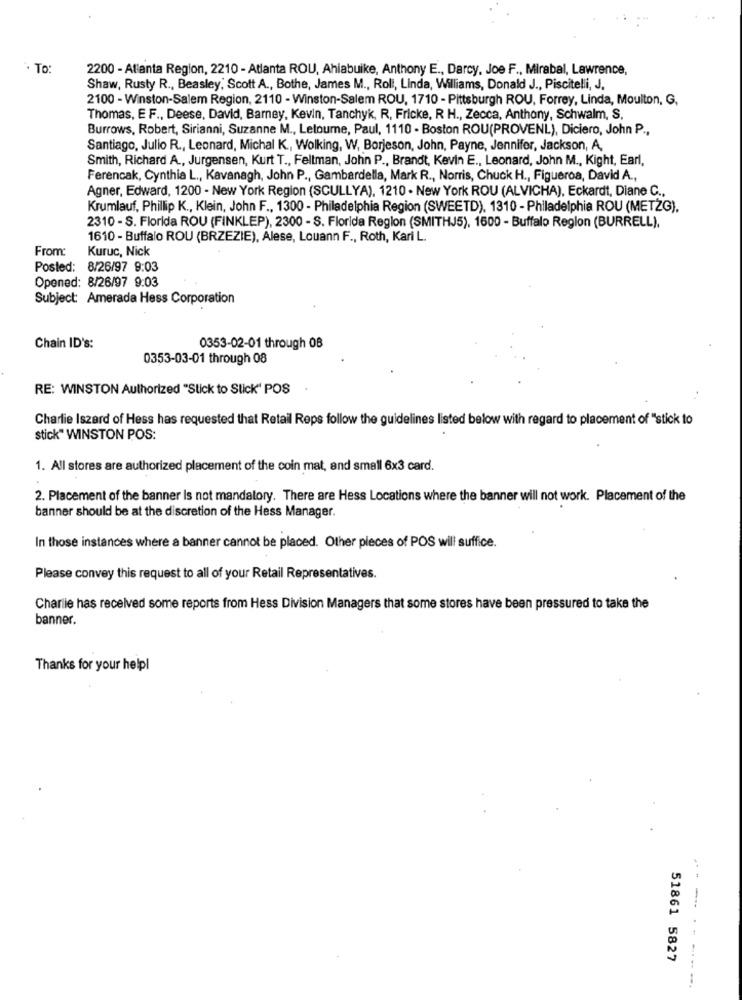
· To:
2200 - Atlanta Region, 2210 - Atlanta ROU, Ahiabuike, Anthony E ., Darcy, Joe F ., Mirabal, Lawrence,
Shaw, Rusty R ., Beasley, Scott A ., Bothe, James M ., Roli, Linda, Williams, Donald J ., Piscitelli, J.
2100 - Winston-Salem Region, 2110 - Winston-Salem ROU, 1710 - Pittsburgh ROU, Forrey, Linda, Moulton, G.
Thomas, E F ., Deese, David, Barney, Kevin, Tanchyk, R, Fricke, R H ., Zecca, Anthony, Schwalm, S,
Burrows, Robert, Sirianni, Suzanne M ., Letourne, Paul, 1110 - Boston ROU(PROVENL), Diciero, John P .,
Santiago, Julio R ., Leonard, Michal K ., Wolking, W, Borjeson, John, Payne, Jennifer, Jackson, A,
Smith, Richard A ., Jurgensen, Kurt T ., Feltman, John P ., Brandt, Kevin E ., Leonard, John M ., Kight, Earl,
Ferencak, Cynthia L ., Kavanagh, John P ., Gambardella, Mark R ., Norris, Chuck H ., Figueroa, David A .,
Agner, Edward, 1200 - New York Region (SCULLYA), 1210 - New York ROU (ALVICHA), Eckardt, Diane C .,
Krumlauf, Phillip K ., Klein, John F ., 1300 - Philadelphia Region (SWEETD), 1310 - Philadelphia ROU (METZG).
2310 - S. Florida ROU (FINKLEP), 2300 - S. Florida Region (SMITHJ5), 1600 - Buffalo Region (BURRELL),
1610 - Buffalo ROU (BRZEZIE), Alese, Louann F ., Roth, Kari L.
From:
Kuruc, Nick
Posted: 8/26/97 9:03
Opened: 8/26/97 9:03
Subject: Amerada Hess Corporation
Chain ID's:
0353-02-01 through 08
0353-03-01 through 08
RE: WINSTON Authorized "Stick to Stick" POS
Charlie Iszard of Hess has requested that Retail Reps follow the guidelines listed below with regard to placement of "stick to
stick" WINSTON POS:
1. All stores are authorized placement of the coin mat, and small 6x3 card.
2. Placement of the banner Is not mandatory. There are Hess Locations where the banner will not work. Placement of the
banner should be at the discretion of the Hess Manager.
In those instances where a banner cannot be placed. Other pieces of POS will suffice.
Please convey this request to all of your Retail Representatives.
Charlie has received some reports from Hess Division Managers that some stores have been pressured to take the
banner.
Thanks for your help!
51861 5827
- -------